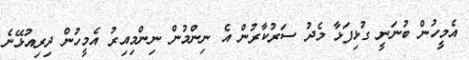
އެމީހުން ބުނަނީ ގުޅިފަޅާ މެދު ސަރުކާރުން އެ ނިންމުން ނިންމިއިރު އެމީހުން ދިރިއުޅޭނެ